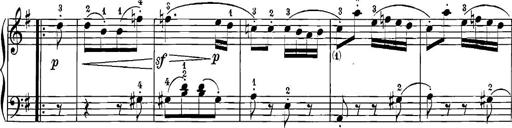
Title: 12 Sonatinas
Composer: Ignaz Pleyel